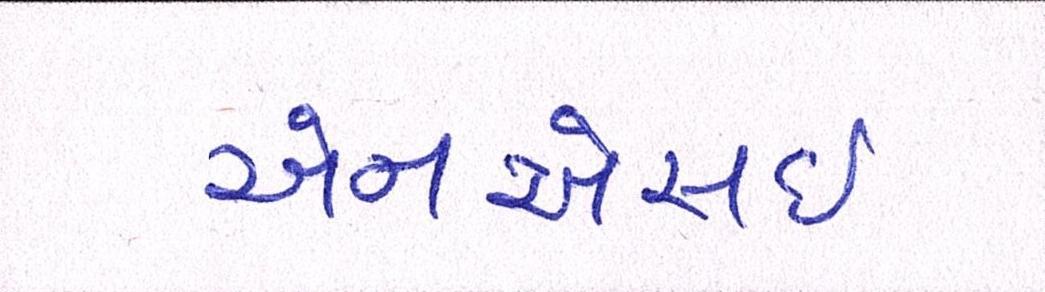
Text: એનએસઇ